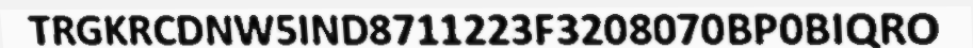
TRGKRCDNW5IND8711223F3208070BP0BIQRO